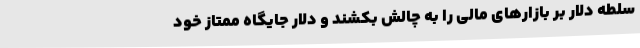
سلطه دلار بر بازارهای مالی را به چالش بکشند و دلار جایگاه ممتاز خود